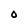
Character: O